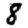
Digit: 8